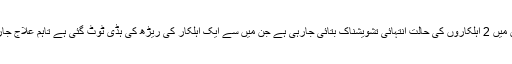
زخمیوں میں 2 اہلکاروں کی حالت انتہائی تشویشناک بتائی جارہی ہے جن میں سے ایک اہلکار کی ریڑھ کی ہڈی ٹوٹ گئی ہے تاہم علاج جاری ہے۔